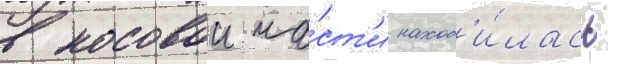
в носовои ча́ст'и наход'и́лась